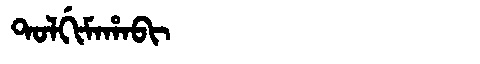
Manchu: ᡨᠣᠯᡤᡳᠮᠠᡥᠠᠪᡳ
Romanization: TOLGIMAHABI